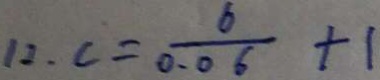
1 2 . c = \frac { 6 } { 0 . 0 6 } + 1